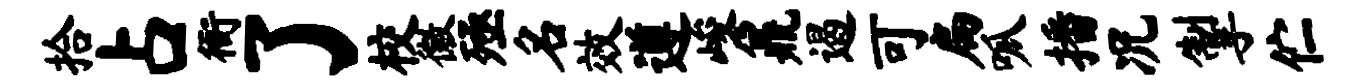
拾占衙了校徽殛名效遵峻鼐遏可扁呱播况掣伫